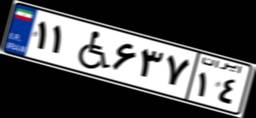
۱۱W۶۳۷۱۴